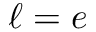
\ell = e